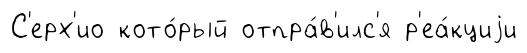
С'ерх'ио кото́рый отпра́в'илс'я р'еа́кциjи